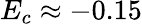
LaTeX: E_{c}\approx-0.15